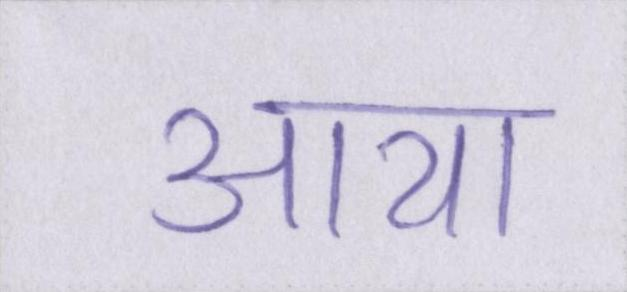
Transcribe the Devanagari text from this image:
आया